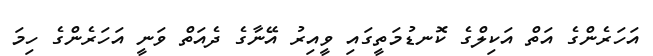
އަހަރެންގެ އަތް އަކިލްގެ ކޮނޑުމަތީގައި ވީއިރު އޭނާގެ ދެއަތް ވަނީ އަހަރެންގެ ހިމަ